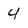
Character: 4